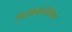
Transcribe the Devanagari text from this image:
फिज़ियोथेरेपिस्ट